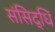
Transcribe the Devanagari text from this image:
संसिद्धिं